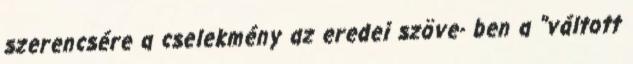
szerencsére a cselekmény az eredei szöve- ben a "váltott